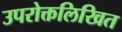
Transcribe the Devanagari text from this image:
उपरोक्तलिखित